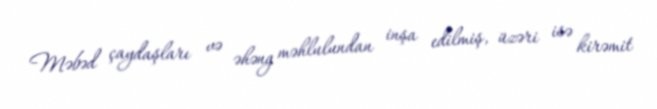
Məbəd çaydaşları və əhəng məhlulundan inşa edilmiş, üzəri isə kirəmit